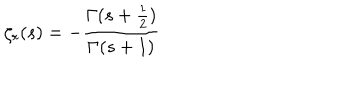
\zeta _ { r } ( s ) = - { \frac { \Gamma ( s + { \frac { 1 } { 2 } } ) } { \Gamma ( s + 1 ) } }